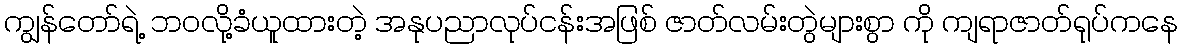
ကျွန်တော်ရဲ့ ဘဝလို့ခံယူထားတဲ့ အနုပညာလုပ်ငန်းအဖြစ် ဇာတ်လမ်းတွဲများစွာ ကို ကျရာဇာတ်ရုပ်ကနေ